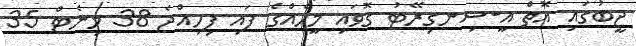
ޖީބުގައި އޮތް އީ-ސިނގިރޭޓު ގޮވައި މީހެއްގެ ފައި ފިހިއްޖެ 38 މިނެޓް 35